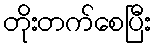
တိုးတက်စေပြီး